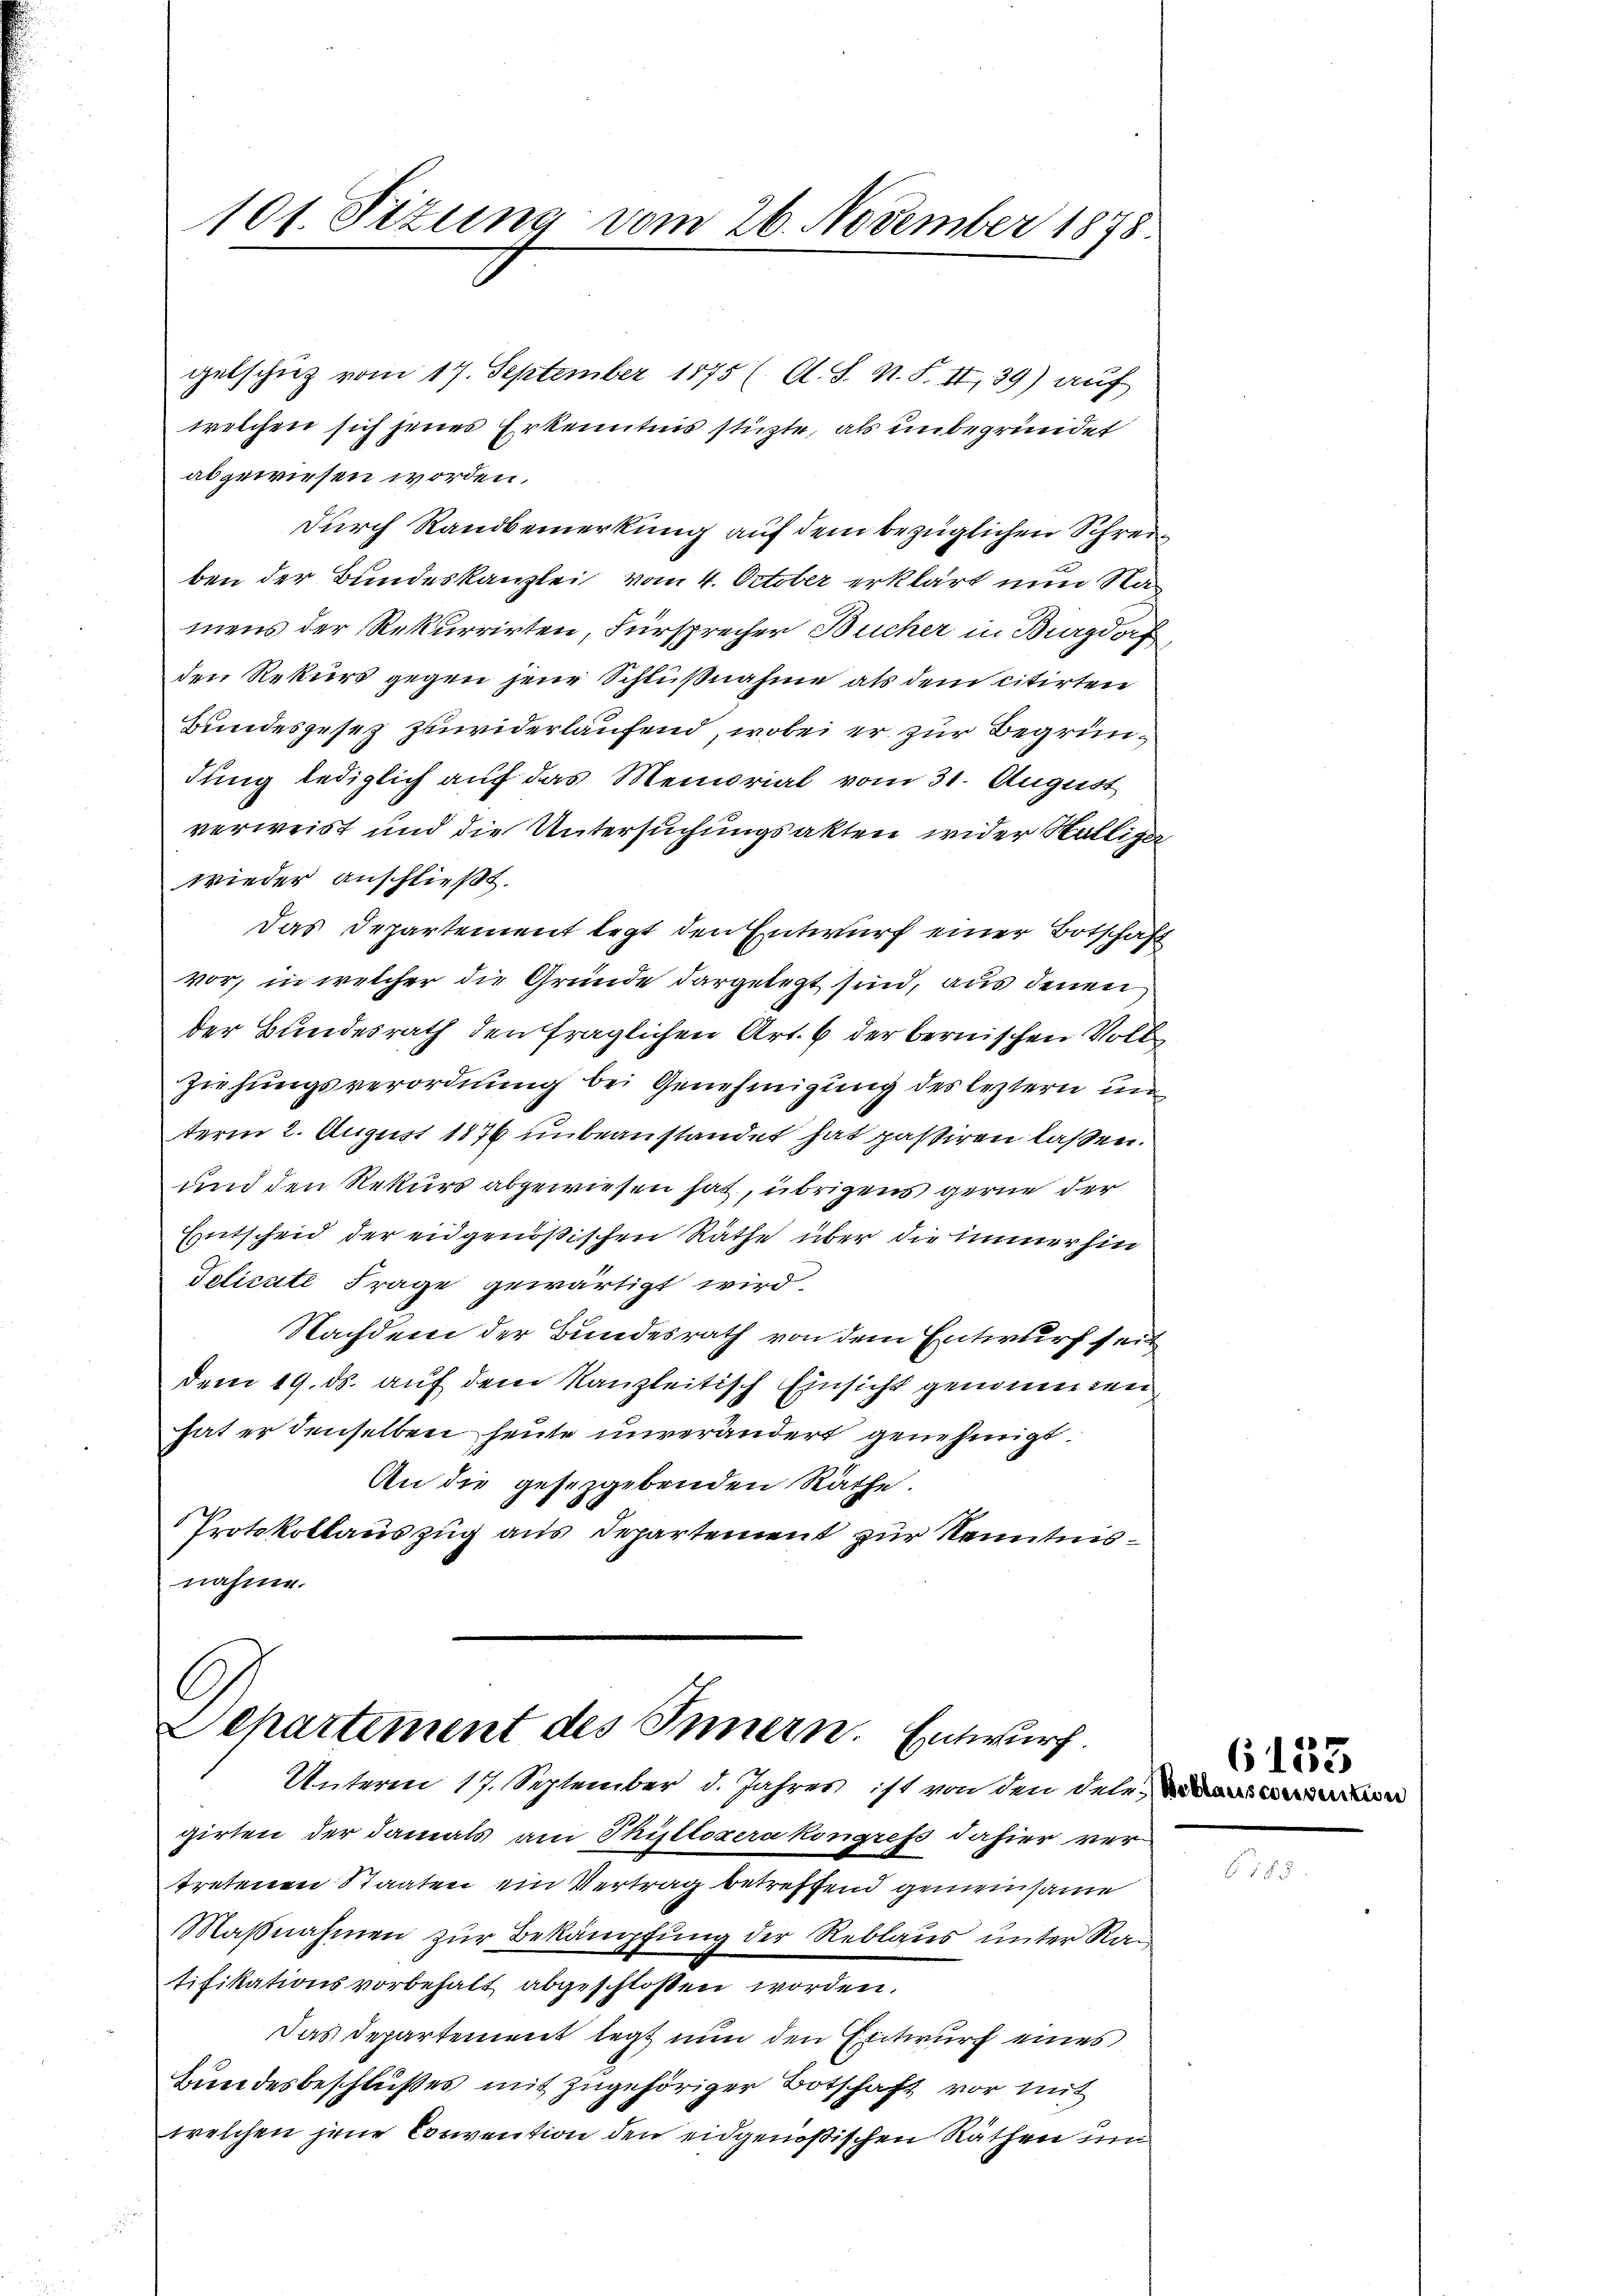
101. Sizung vom 26. November 1878.

gelschutz vom 17. September 1875 (O. S. N. F. II,39) auf
welchen sich jenes Erkenntnis stüzte, als unbegründet
abgewiesen worden.
durch Randbemerkung auf dem bezüglichen Schreiben der Bundeskanzlei vom 4. October erklärt nun Namens der Rekurrirten, Fürsprecher Bucher in Burgdorf
den Rekurs gegen jene Schlußnahme als dem citirten
Bundesgesez zuwiderlaufend, wobei er zur Begründung lediglich auf das Memorial vom 31. August
verweist und die Untersuchungsakten wider Hälliger
wieder anschließt.
Das Departement legt den Entwurf einer Botschaft
vor, in welcher die Gründe dargelegt sind, aus denen
der Bundesrath den fraglichen Art. 6 der bernischen Volk
Ziehungsverordnung bei Genehmigung des leztern un
term 2. August 1876 unbeanstandet hat passiren laßen.
und den Rekurs abgewiesen hat, übrigens gerne der
Entscheid der eidgenößischen Räthe über die immer hin
Telicate Frage gewärtigt wird.
Nachdem der Bundesrath von dem Entwurf seit
dem 19. ds. auf dem Kanzleitisch Einsicht genommen
hat er denselben heute unverändert genehmigt.
An die gesetzgebenden Räthe.
Protokollauszug aus Departement zur Kenntnisnahme.

C
Departement des Innern. Entwurf.

Unterm 17. September d. Jahres ist von den dele
girten der damals am Thillozern kongress dahier ver-
tretenen Staaten ein Vertrag betreffend gemeinsame
Maßnahmen zur Bekämpfung der Reblaus unter Ran
tifikationsvorbehalt abgeschlossen worden.
Das Departement legt nun den Entwurf eines
Bundesbeschlußes mit zugehöriger Botschaft vor mit
welchen jene Convention den eidgenößischen Räthen un

6133